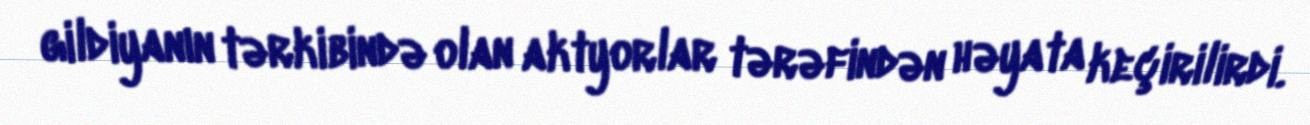
gildiyanın tərkibində olan aktyorlar tərəfindən həyata keçirilirdi.